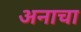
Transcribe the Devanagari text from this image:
अनाचा